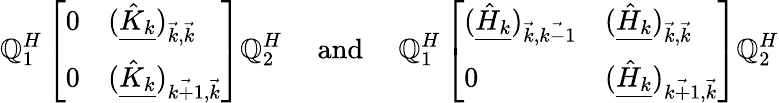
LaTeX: \mathbb{Q}_{1}^{H}\left[\begin{array}{ll}{0}&{(\underline{{\hat{K}_{k}}})_{\vec{k},\vec{k}}}\\ {0}&{(\underline{{\hat{K}_{k}}})_{\vec{k+1},\vec{k}}}\end{array}\right]\mathbb{Q}_{2}^{H}\quad\mathrm{{~and~}}\quad\mathbb{Q}_{1}^{H}\left[\begin{array}{ll}{(\underline{{\hat{H}_{k}}})_{\vec{k},\vec{k-1}}}&{(\underline{{\hat{H}_{k}}})_{\vec{k},\vec{k}}}\\ {0}&{(\underline{{\hat{H}_{k}}})_{\vec{k+1},\vec{k}}}\end{array}\right]\mathbb{Q}_{2}^{H}